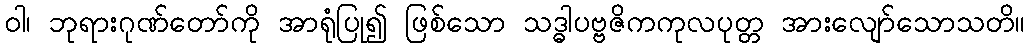
ဝါ၊ ဘုရားဂုဏ်တော်ကို အာရုံပြု၍ ဖြစ်သော သဒ္ဓါပဗ္ဗဇိကကုလပုတ္တ အားလျော်သောသတိ။